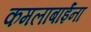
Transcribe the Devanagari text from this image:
कमलाबाईंना